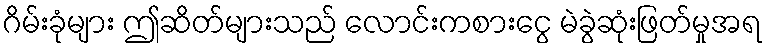
ဂိမ်းခုံများ ဤဆိတ်များသည် လောင်းကစားငွေ မဲခွဲဆုံးဖြတ်မှုအရ